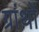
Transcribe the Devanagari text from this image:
ग्रांथों